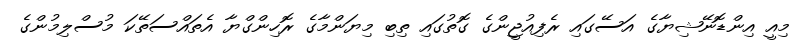
މިއީ އިންޑޮނޭޝިޔާގެ އަސޭގައި ރެފިއުޖީންގެ ގޮތުގައި ތިބި މިޔަންމާގެ ރޮހިންގްޔާ އެތައްސަތޭކަ މުސްލިމުންގެ